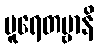
ပူရေတဗ္ဗာနိ